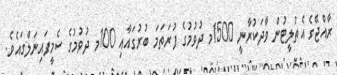
ރާއްޖޭގެ އެތުލީޓުން ވާދަކުރާނީ 1500މ ދުވުމުގެ ފުރަތަމަ ބުރުގައާއި 100މ ދުވުމުގެ ސެމީފައިނަލްގައެވެ.